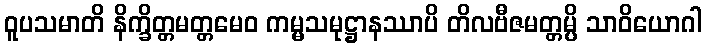
ဝူပသမာတိ နိက္ခိတ္တမတ္တမေဝ ကမ္မသမုဋ္ဌာနဿာပိ တိလဗီဇမတ္တမ္ပိ သာဝိယောဂါ